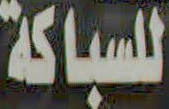
للسباكة